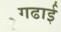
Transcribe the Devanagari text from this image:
गढाई